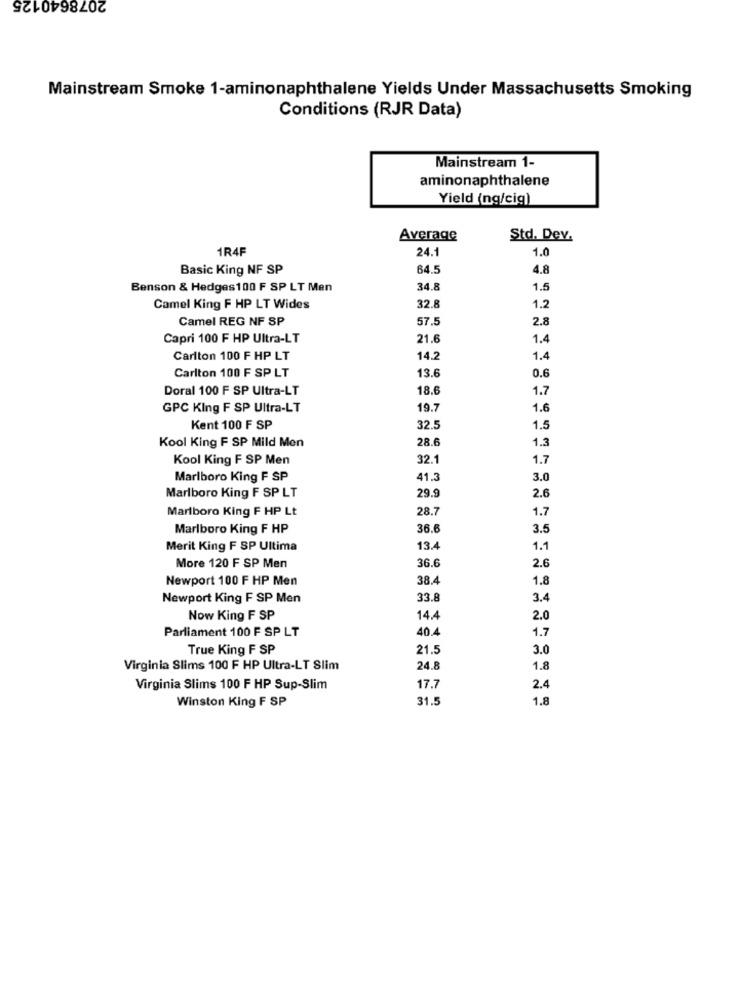
2078640125
Mainstream Smoke 1-aminonaphthalene Yields Under Massachusetts Smoking
Conditions (RJR Data)
Mainstream 1-
aminonaphthalene
Yield (ng/cig)
Average
Std. Dev.
1R4F
24.1
1.0
Basic King NF SP
64.5
4.8
Benson & Hedges100 F SP LT Men
34.8
1.5
32.8
Camel King F HP LT Wides
1.2
Camel REG NF SP
57.5
2.8
Capri 100 F HP Ultra-LT
21.6
1.4
Carlton 100 F HP LT
14.2
1.4
Carlton 100 F SP LT
13.6
0.6
Doral 100 F SP Ultra-LT
18.6
1.7
GPC King F SP Ultra-LT
19.7
1.6
Kent 100 F SP
32.5
1.5
28.6
Kool King F SP Mild Men
1.3
Kool King F SP Men
32.1
1.7
Marlboro King F SP
41.3
3.0
29.9
Marlboro King F SP LT
2.6
28.7
1.7
Marlboro King F HP Lt
Marlboro King F HP
36.6
3.5
Merit King F SP Ultima
13.
1.1
36.6
More 120 F SP Men
2.6
Newport 100 F HP Men
38.2
1.8
Newport King F SP Men
33.8
3.4
Now King F SP
14.4
2.0
Parliament 100 F SP LT
40.
1.7
True King F SP
21.5
3.0
Virginia Slims 100 F HP Ultra-LT Slim
24.8
1.8
Virginia Slims 100 F HP Sup-Slim
17.7
2.4
Winston King F SP
31.5
1.8